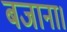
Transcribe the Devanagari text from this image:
बजाना।